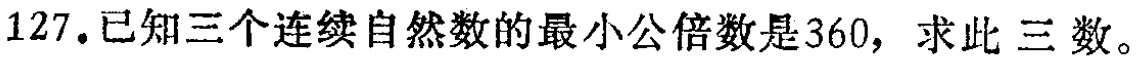
127.已知三个连续自然数的最小公倍数是360，求此三数。